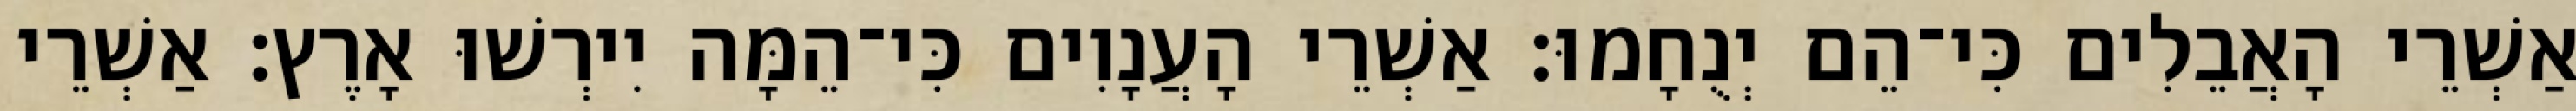
אַשְׁרֵי הָאֲבֵלִים כִּי־הֵם יְנֻחָמוּ׃ אַשְׁרֵי הָעֲנָוִים כִּי־הֵמָּה יִירְשׁוּ אָרֶץ׃ אַשְׁרֵי